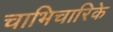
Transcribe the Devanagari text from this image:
चाभिचारिके